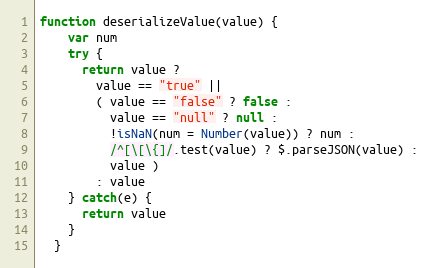
Language: JavaScript
function deserializeValue(value) {
    var num
    try {
      return value ?
        value == "true" ||
        ( value == "false" ? false :
          value == "null" ? null :
          !isNaN(num = Number(value)) ? num :
          /^[\[\{]/.test(value) ? $.parseJSON(value) :
          value )
        : value
    } catch(e) {
      return value
    }
  }